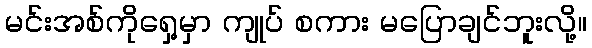
မင်းအစ်ကိုရှေ့မှာ ကျုပ် စကား မပြောချင်ဘူးလို့။